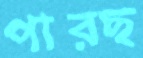
পারছ